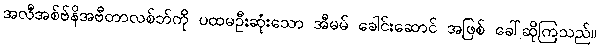
အလီအစ်ဗ်နိအဗီတာလစ်ဘ်ကို ပထမဦးဆုံးသော အီမမ် ခေါင်းဆောင် အဖြစ် ခေါ်ဆိုကြသည်။